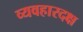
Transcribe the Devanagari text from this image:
व्यवहारदक्ष